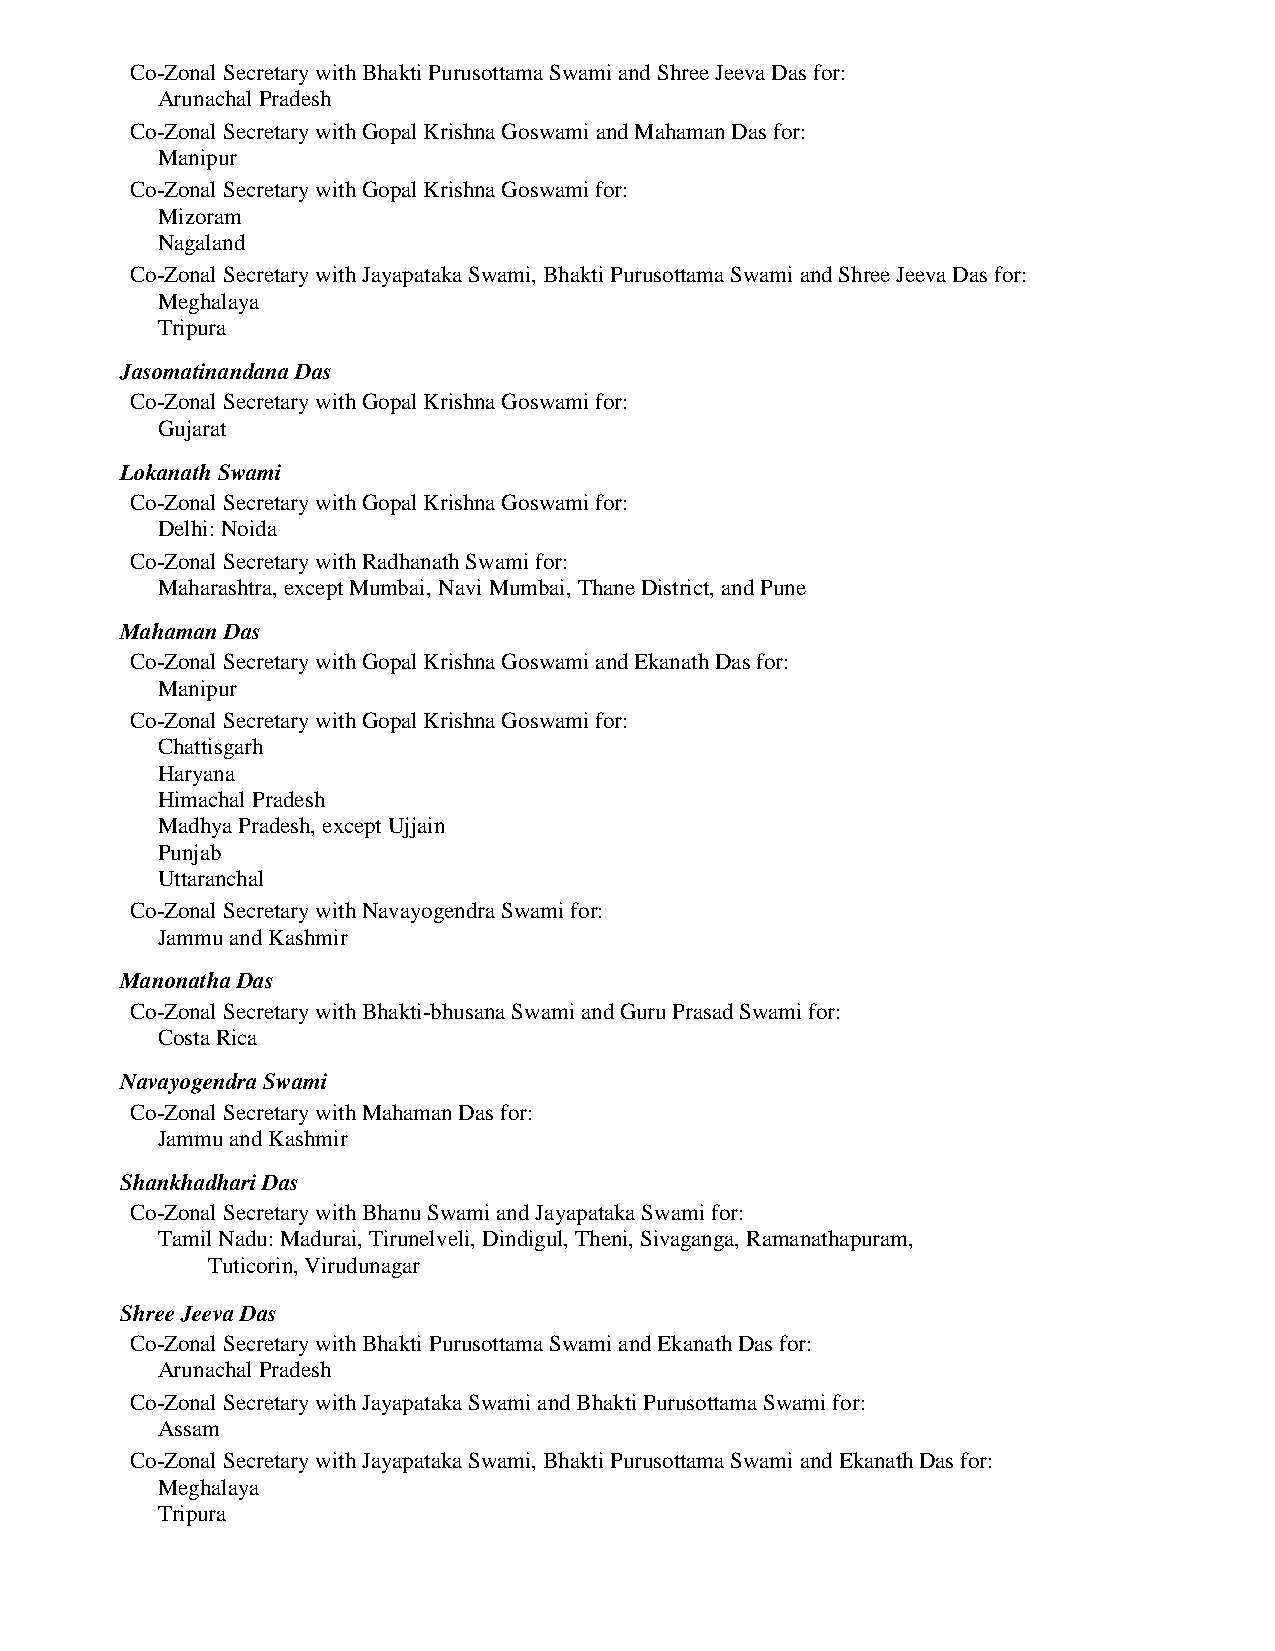
Co-Zonal Secretary with Bhakti Purusottama Swami and Shree Jeeva Das for:
 Arunachal Pradesh
 Co-Zonal Secretary with Gopal Krishna Goswami and Mahaman Das for:
 Manipur
 Co-Zonal Secretary with Gopal Krishna Goswami for:
 Mizoram
 Nagaland
 Co-Zonal Secretary with Jayapataka Swami, Bhakti Purusottama Swami and Shree Jeeva Das for:
 Meghalaya
 Tripura
 Jasomatinandana Das
 Co-Zonal Secretary with Gopal Krishna Goswami for:
 Gujarat
 Lokanath Swami
 Co-Zonal Secretary with Gopal Krishna Goswami for:
 Delhi: Noida
 Co-Zonal Secretary with Radhanath Swami for:
 Maharashtra, except Mumbai, Navi Mumbai, Thane District, and Pune
 Mahaman Das
 Co-Zonal Secretary with Gopal Krishna Goswami and Ekanath Das for:
 Manipur
 Co-Zonal Secretary with Gopal Krishna Goswami for:
 Chattisgarh
 Haryana
 Himachal Pradesh
 Madhya Pradesh, except Ujjain
 Punjab
 Uttaranchal
 Co-Zonal Secretary with Navayogendra Swami for:
 Jammu and Kashmir
 Manonatha Das
 Co-Zonal Secretary with Bhakti-bhusana Swami and Guru Prasad Swami for:
 Costa Rica
 Navayogendra Swami
 Co-Zonal Secretary with Mahaman Das for:
 Jammu and Kashmir
 Shankhadhari Das
 Co-Zonal Secretary with Bhanu Swami and Jayapataka Swami for:
 Tamil Nadu: Madurai, Tirunelveli, Dindigul, Theni, Sivaganga, Ramanathapuram,
 Tuticorin, Virudunagar
 Shree Jeeva Das
 Co-Zonal Secretary with Bhakti Purusottama Swami and Ekanath Das for:
 Arunachal Pradesh
 Co-Zonal Secretary with Jayapataka Swami and Bhakti Purusottama Swami for:
 Assam
 Co-Zonal Secretary with Jayapataka Swami, Bhakti Purusottama Swami and Ekanath Das for:
 Meghalaya
 Tripura